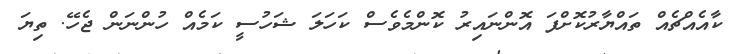
ކާއެއްޗެއް ތައްޔާރުކޮށްފަ އޮންނައިރު ކޮންމެވެސް ކަހަލަ ޝަހުސީ ކަމެއް ހުންނަން ޖެހޭ. ތިޔަ